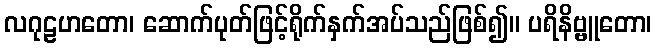
လဂုဠဟတော၊ ဆောက်ပုတ်ဖြင့်ရိုက်နှက်အပ်သည်ဖြစ်၍။ ပရိနိဗ္ဗူတော၊